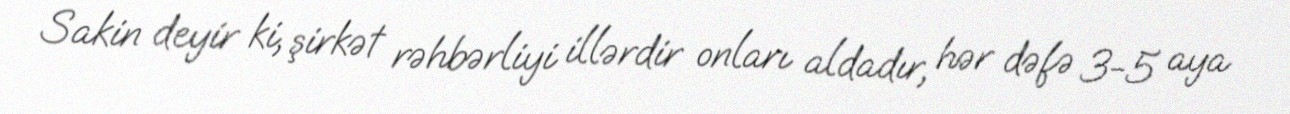
Sakin deyir ki, şirkət rəhbərliyi illərdir onları aldadır, hər dəfə 3-5 aya